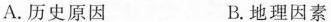
A.历史原因 B.地理因素